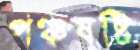
পঞ্চষষ্টি